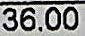
36.00